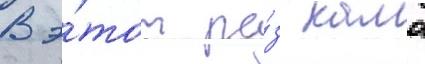
В э́тот ра́з камо